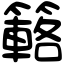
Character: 簵